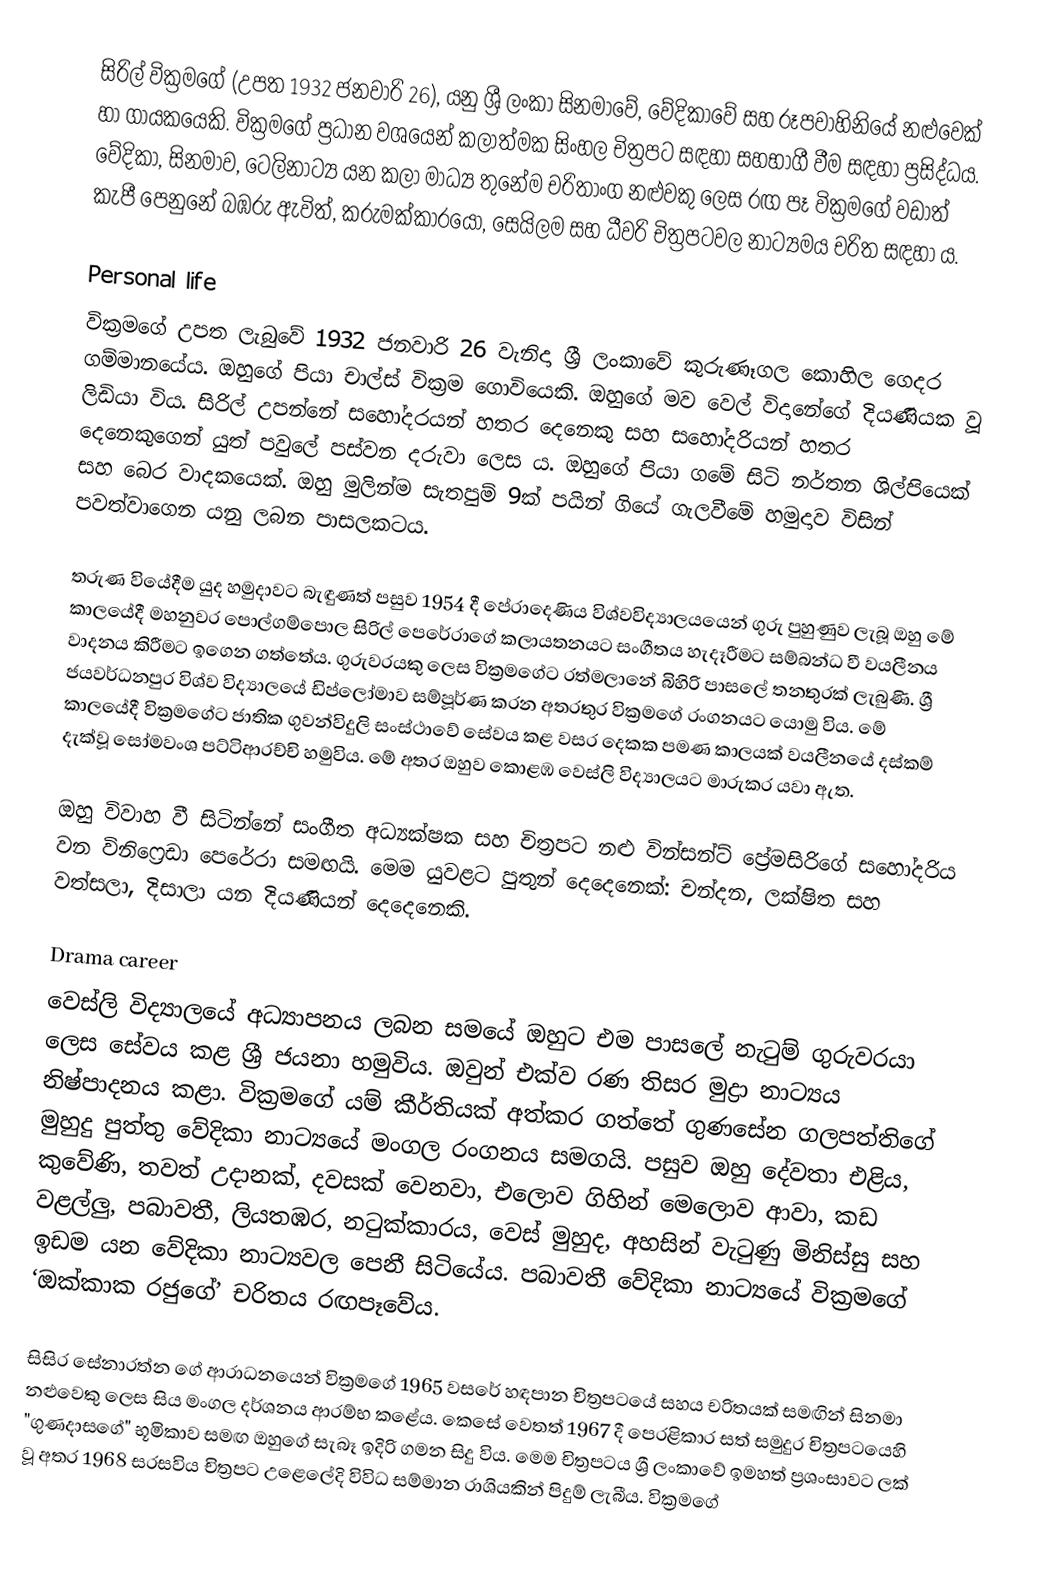
සිරිල් වික්‍රමගේ (උපත 1932 ජනවාරි 26), යනු ශ්‍රී ලංකා සිනමාවේ, වේදිකාවේ සහ රූපවාහිනියේ නළුවෙක් හා ගායකයෙකි. වික්‍රමගේ ප්‍රධාන වශයෙන් කලාත්මක සිංහල චිත්‍රපට සඳහා සහභාගී වීම සඳහා ප්‍රසිද්ධය. වේදිකා, සිනමාව, ටෙලිනාට්‍ය යන කලා මාධ්‍ය තුනේම චරිතාංග නළුවකු ලෙස රඟ පෑ වික්‍රමගේ වඩාත් කැපී පෙනුනේ බඹරු ඇවිත්, කරුමක්කාරයෝ, සෙයිලම සහ ධීවරි චිත්‍රපටවල නාට්‍යමය චරිත සඳහා ය.

Personal life
වික්‍රමගේ උපත ලැබුවේ 1932 ජනවාරි 26 වැනිදා ශ්‍රී ලංකාවේ කුරුණෑගල කොහිල ගෙදර ගම්මානයේය. ඔහුගේ පියා චාල්ස් වික්‍රම ගොවියෙකි. ඔහුගේ මව වෙල් විදානේගේ දියණියක වූ ලිඩියා විය. සිරිල් උපන්නේ සහෝදරයන් හතර දෙනෙකු සහ සහෝදරියන් හතර දෙනෙකුගෙන් යුත් පවුලේ පස්වන දරුවා ලෙස ය. ඔහුගේ පියා ගමේ සිටි නර්තන ශිල්පියෙක් සහ බෙර වාදකයෙක්. ඔහු මුලින්ම සැතපුම් 9ක් පයින් ගියේ ගැලවීමේ හමුදාව විසින් පවත්වාගෙන යනු ලබන පාසලකටය.

තරුණ වියේදීම යුද හමුදාවට බැඳුණත් පසුව 1954 දී පේරාදෙණිය විශ්වවිද්‍යාලයයෙන් ගුරු පුහුණුව ලැබූ ඔහු මේ කාලයේදී මහනුවර පොල්ගම්පොල සිරිල් පෙරේරාගේ කලායතනයට සංගීතය හැදෑරීමට සම්බන්ධ වී වයලීනය වාදනය කිරීමට ඉගෙන ගත්තේය. ගුරුවරයකු ලෙස වික්‍රමගේට රත්මලානේ බිහිරි පාසලේ තනතුරක් ලැබුණි. ශ්‍රී ජයවර්ධනපුර විශ්ව විද්‍යාලයේ ඩිප්ලෝමාව සම්පූර්ණ කරන අතරතුර වික්‍රමගේ රංගනයට යොමු විය. මේ කාලයේදී වික්‍රමගේට ජාතික ගුවන්විදුලි සංස්ථාවේ සේවය කළ වසර දෙකක පමණ කාලයක් වයලීනයේ දස්කම් දැක්වූ සෝමවංශ පට්ටිආරච්චි හමුවිය. මේ අතර ඔහුව කොළඹ වෙස්ලි විද්‍යාලයට මාරුකර යවා ඇත.

ඔහු විවාහ වී සිටින්නේ සංගීත අධ්‍යක්ෂක සහ චිත්‍රපට නළු වින්සන්ට් ප්‍රේමසිරිගේ සහෝදරිය වන විනිෆ්‍රෙඩා පෙරේරා සමඟයි. මෙම යුවළට පුතුන් දෙදෙනෙක්: චන්දන, ලක්ෂිත සහ වත්සලා, දිසාලා යන දියණියන් දෙදෙනෙකි.

Drama career
වෙස්ලි විද්‍යාලයේ අධ්‍යාපනය ලබන සමයේ ඔහුට එම පාසලේ නැටුම් ගුරුවරයා ලෙස සේවය කළ ශ්‍රී ජයනා හමුවිය. ඔවුන් එක්ව රණ තිසර මුද්‍රා නාට්‍යය නිෂ්පාදනය කළා. වික්‍රමගේ යම් කීර්තියක් අත්කර ගත්තේ ගුණසේන ගලපත්තිගේ මුහුදු පුත්තු වේදිකා නාට්‍යයේ මංගල රංගනය සමගයි. පසුව ඔහු දේවතා එළිය, කුවේණි, තවත් උදානක්, දවසක් වෙනවා, එලොව ගිහින් මෙලොව ආවා, කඩ වළල්ලු, පබාවතී, ලියතඹර, නටුක්කාරය, වෙස් මුහුද, අහසින් වැටුණු මිනිස්සු සහ ඉඩම යන වේදිකා නාට්‍යවල පෙනී සිටියේය. පබාවතී වේදිකා නාට්‍යයේ වික්‍රමගේ ‘ඔක්කාක රජුගේ’ චරිතය රඟපෑවේය.

සිසිර සේනාරත්න ගේ ආරාධනයෙන් වික්‍රමගේ 1965 වසරේ හඳපාන චිත්‍රපටයේ සහය චරිතයක් සමඟින් සිනමා නළුවෙකු ලෙස සිය මංගල දර්ශනය ආරම්භ කළේය. කෙසේ වෙතත් 1967 දී පෙරළිකාර සත් සමුදුර චිත්‍රපටයෙහි "ගුණදාසගේ" භූමිකාව සමඟ ඔහුගේ සැබෑ ඉදිරි ගමන සිදු විය. මෙම චිත්‍රපටය ශ්‍රී ලංකාවේ ඉමහත් ප්‍රශංසාවට ලක් වූ අතර 1968 සරසවිය චිත්‍රපට උළෙලේදි විවිධ සම්මාන රාශියකින් පිදුම් ලැබීය. වික්‍රමගේ